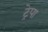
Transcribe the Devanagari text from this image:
ट्रेपा